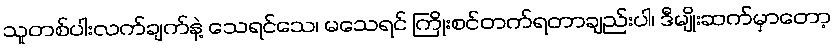
သူတစ်ပါးလက်ချက်နဲ့ သေရင်သေ၊ မသေရင် ကြိုးစင်တက်ရတာချည်းပါ၊ ဒီမျိုးဆက်မှာတော့